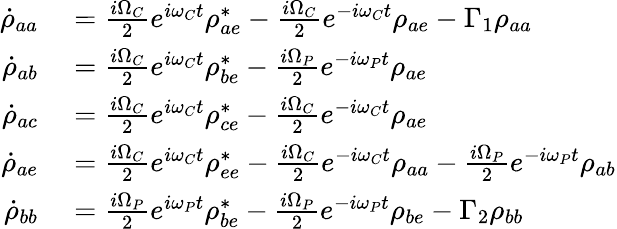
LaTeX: \begin{array}{rl}{\dot{\rho}_{aa}}&{{}=\frac{i\Omega_{C}}{2}e^{i\omega_{C}t}\rho_{ae}^{*}-\frac{i\Omega_{C}}{2}e^{-i\omega_{C}t}\rho_{ae}-\Gamma_{1}\rho_{aa}}\\ {\dot{\rho}_{ab}}&{{}=\frac{i\Omega_{C}}{2}e^{i\omega_{C}t}\rho_{be}^{*}-\frac{i\Omega_{P}}{2}e^{-i\omega_{P}t}\rho_{ae}}\\ {\dot{\rho}_{ac}}&{{}=\frac{i\Omega_{C}}{2}e^{i\omega_{C}t}\rho_{ce}^{*}-\frac{i\Omega_{C}}{2}e^{-i\omega_{C}t}\rho_{ae}}\\ {\dot{\rho}_{ae}}&{{}=\frac{i\Omega_{C}}{2}e^{i\omega_{C}t}\rho_{ee}^{*}-\frac{i\Omega_{C}}{2}e^{-i\omega_{C}t}\rho_{aa}-\frac{i\Omega_{P}}{2}e^{-i\omega_{P}t}\rho_{ab}}\\ {\dot{\rho}_{bb}}&{{}=\frac{i\Omega_{P}}{2}e^{i\omega_{P}t}\rho_{be}^{*}-\frac{i\Omega_{P}}{2}e^{-i\omega_{P}t}\rho_{be}-\Gamma_{2}\rho_{bb}}\end{array}